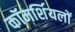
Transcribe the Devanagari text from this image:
कॉमर्शियलों